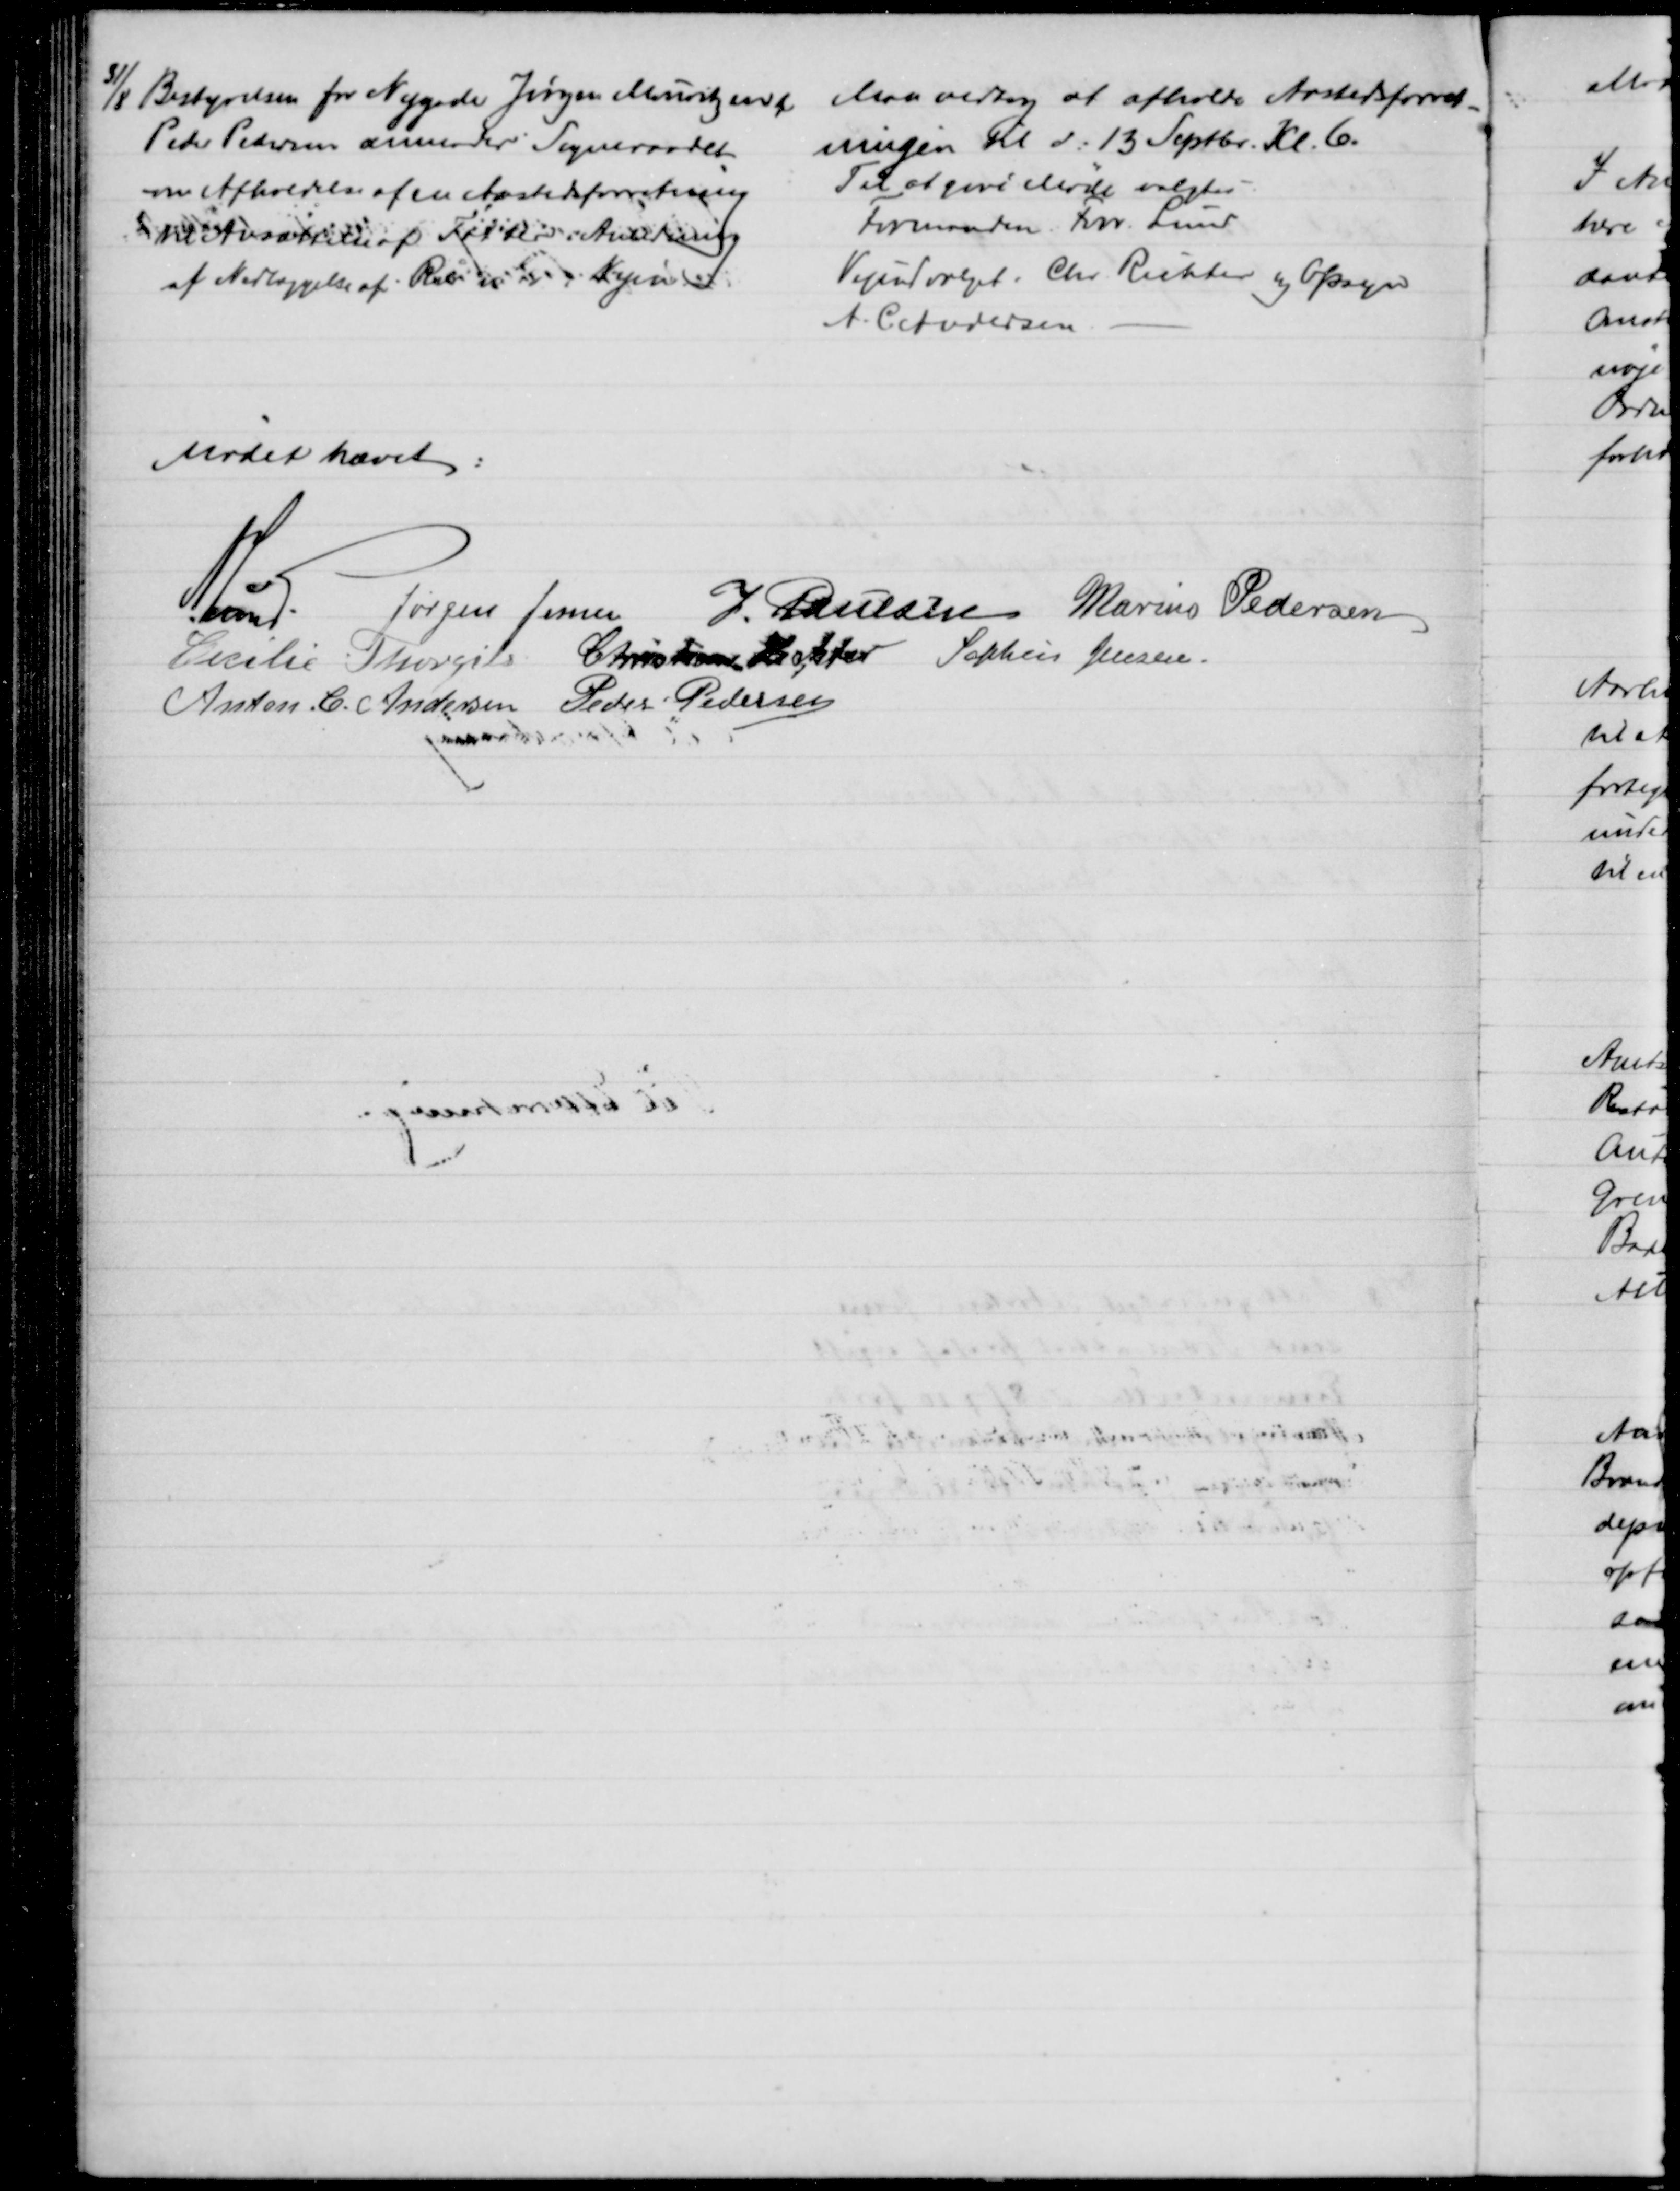
Transskription:
31/8 Bestyrelsen for Nygade Jørgen Mouritzen,
Peder Pedersen anmoder Sogneraadet
om Afholdelse af en Aastedsforretning
til Ansættelse af  i Anledning
af Nedlæggelse af Rør  Vejen 
Man vedtog at afholde Aastedsforret-
ningen til d. 13 Septbr. Kl. 6.
Til at give Møde valgtes:
Formanden. Forv. Lund
Vejudvalget. Chr. Richter og Opsyn
A. C. Andersen
Mødet hævet:
A. Lund Jørgen Jensen J. Poulsen Marius Pedersen
Cecilie Thorgils Christian Richter Sophus Jensen.
Anton C. Andersen Peder Pedersen